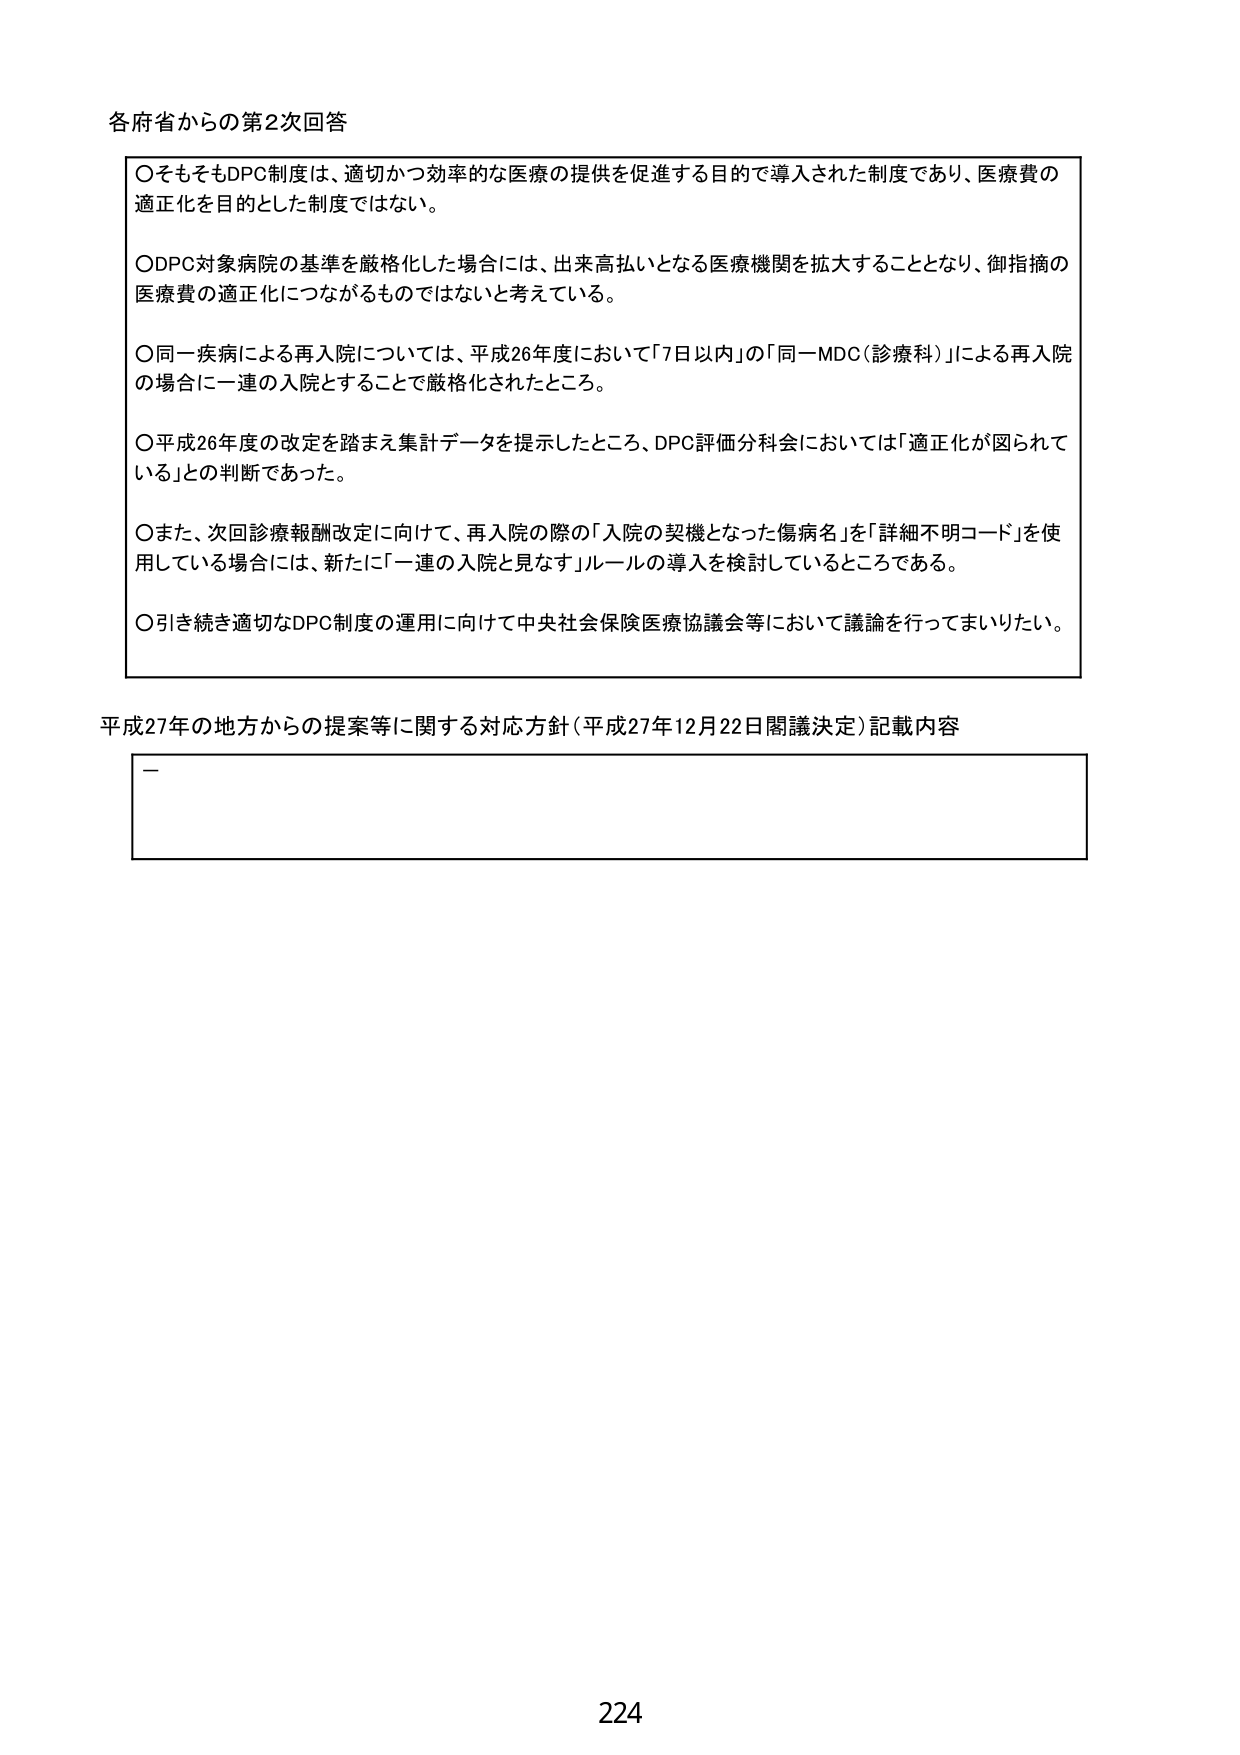
各府省からの第2次回答

〇そもそもDPC制度は、適切かつ効率的な医療の提供を促進する目的で導入された制度であり、医療費の適正化を目的とした制度ではない。

〇DPC対象病院の基準を厳格化した場合には、出来高払いとなる医療機関を拡大することとなり、御指摘の医療費の適正化につながるものではないと考えている。

〇同一疾病による再入院については、平成26年度において「7日以内」の「同一MDC（診療科）」による再入院の場合に一連の入院とすることで厳格化されたところ。

〇平成26年度の改定を踏まえ集計データを提示したところ、DPC評価分科会においては「適正化が図られている」との判断であった。

〇また、次回診療報酬改定に向けて、再入院の際の「入院の契機となった傷病名」を「詳細不明コード」を使用している場合には、新たに「一連の入院と見なす」ルールの導入を検討しているところである。

〇引き続き適切なDPC制度の運用に向けて中央社会保険医療協議会等において議論を行ってまいりたい。

平成27年の地方からの提案等に関する対応方針（平成27年12月22日閣議決定）記載内容

—

224